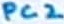
Text: PC2